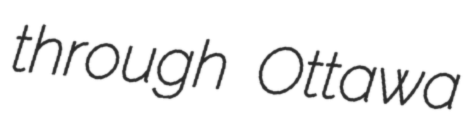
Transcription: through Ottawa